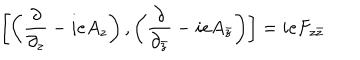
\left[ \left( \frac { \partial } { \partial _ { z } } - i e A _ { z } \right) , \left( \frac { \partial } { \partial _ { \bar { z } } } - i e A _ { \bar { z } } \right) \right] = i e F _ { z \bar { z } }